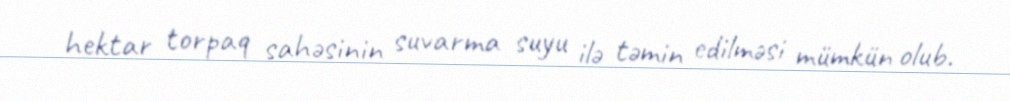
hektar torpaq sahəsinin suvarma suyu ilə təmin edilməsi mümkün olub.